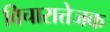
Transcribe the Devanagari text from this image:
विचारात्तेजक